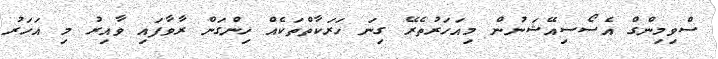
ސްވިމިންގް އެސޯސިއޭޝަނުން މިއަހަރުތެރޭ ގިނަ ހަރަކާތްތަކެއް ހިންގަން ރާވާފައި ވާއިރު މި އަހަރު